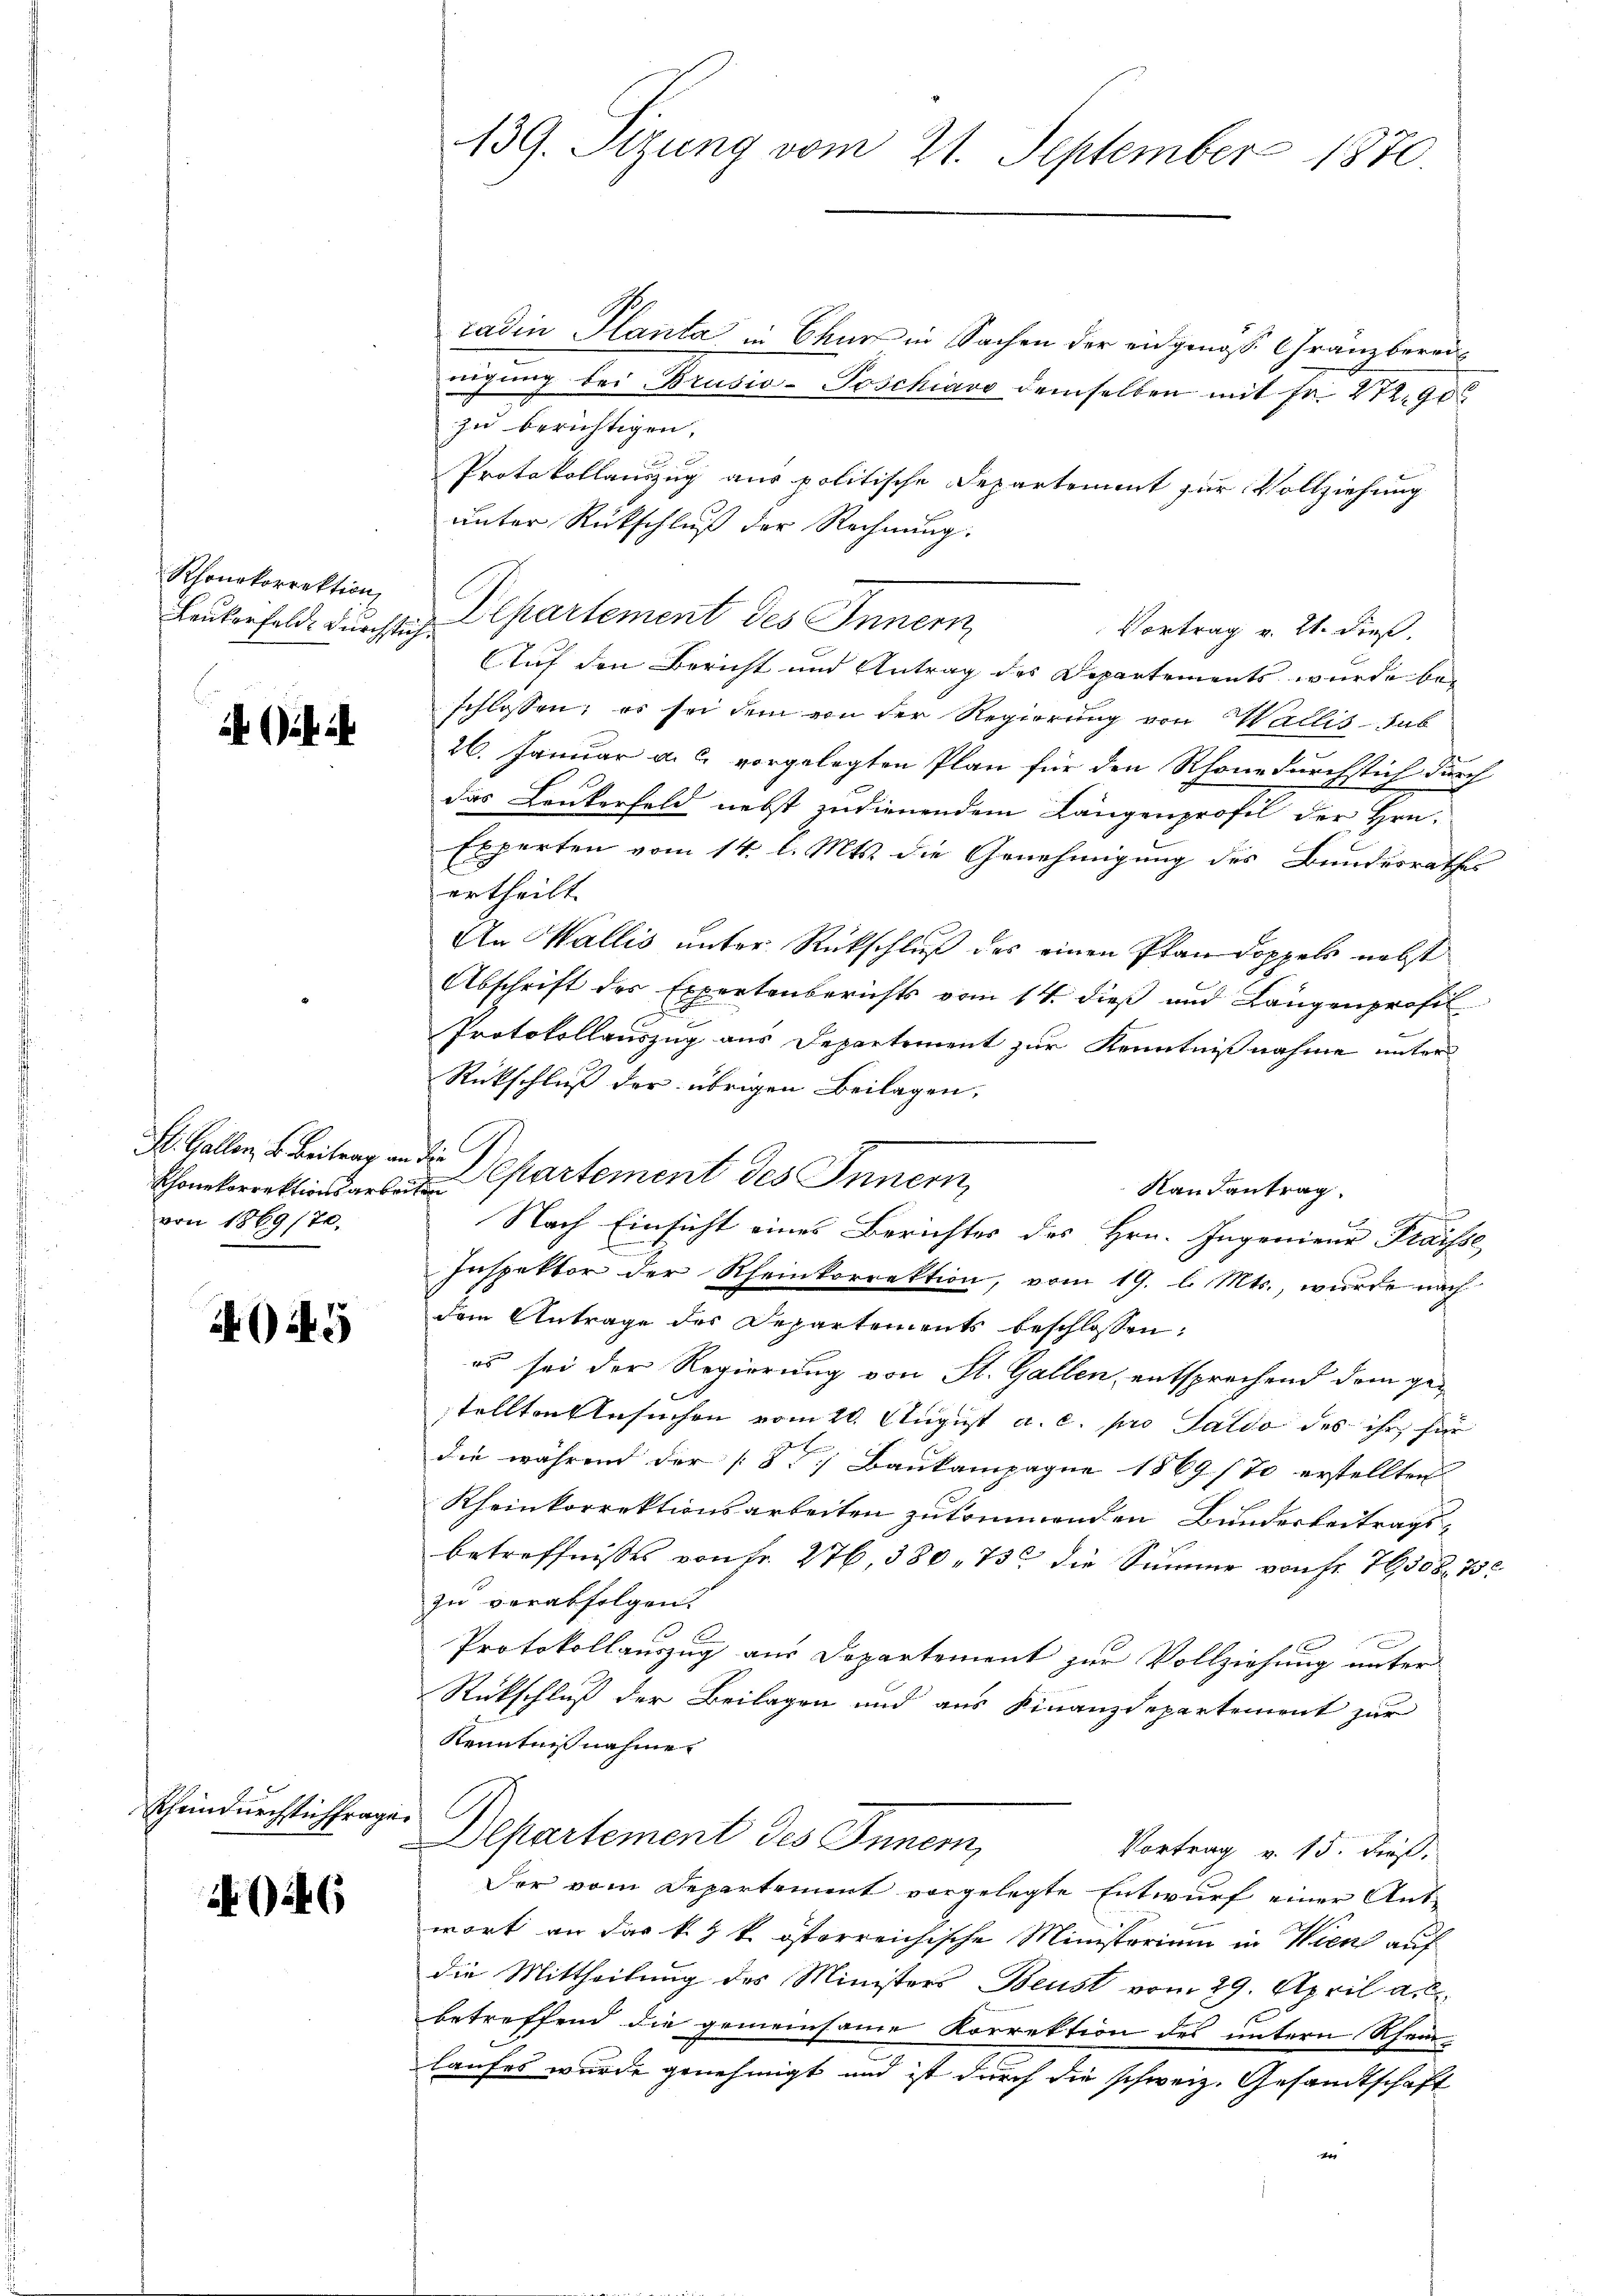
Rhonokorrektion
Leukonfeld. Durchsich

St. Gallen, u. Beitrag an die
von 1869/70,

4O245

Rheindurchstichfrage.

radin Planta in Chur in Sachen der eidgenoß Gränzbereinigung bei Brusiv-Poschiavo demselben mit Fr. 272. 900
zu berichtigen,
Protokollauszug aus politische Departement zur Vollziehung
unter Rückschluß der Rechnung:
Departement des Innern,
Vortrag v. 21. dieß.
Auf den Bericht und Antrag des Departements wurde beschlossen; es sei dem von der Regierung von Wallis sub
26. Januar a. c. vorgelegten Plan für den Rhonedurchstich durch
das Leukerfeld nebst zudienendem Längenprofil der Hrn.
Experten vom 14. l. Mts. die Genehmigung des Bundesrathes
ertheilt.
An Wallis unter Rückschluß des einen Pfandoppels nebst
Abschrift des Expertenberichts vom 14. dieß und Längenprofil
Protokollauszug aus Departement zur Kenntnißnahme unter
Rückschluß der übrigen Beilagen,
Schonetorrektionsarten Cartement des Innern,
Randantrag
f
Nach Einsicht eines Berichtes des Hrn. Ingenieur Fraisse,
Inspektor der Rheinkorrektion, vom 19. l. Mts., wurde nach
dem Antrage des Departements beschlossen:
es sei der Regierung von St. Gallen, entsprechend dem ge-
stellten Ansuchen vom 20. August a. c. pro Saldo des ihr für
die während der [S] Baukampagne 1869 (70 erstellten
Rheinkorrektionsarbeiten zukommenden Bundesbeitrags-
betreffnisses von Fr. 276, 380, 73 die Summe von Fr. 76508. 752
zu verabfolgen.
Protokollauszug aus Departement zur Vollziehung unter
Rückschluß der Beilagen und aus Finanzdepartement zur
Kenntnißnahme.
Departement des Innern,
Vortrag v. 15. Fuß.
Der vom Departement vorgelegte Entwurf einer Ant-
x
wort an das k. k. österreichische Ministorium in Wien auf
die Mittheilung des Ministers Beust vom 29. April a. c.
1
betreffend die gemeinsame Korrektion des untern Rhein-
laufes wurde genehmigt und ist durch die schweiz. Gesandtschaft
er

139. Sizung vom 21. September 1870